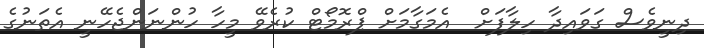
ދިނީވެސް ގަވައިދާ ހިލާފަށް  އެމަގާމަށް ޕްރޮމޯޓް ކުރެވޭ މީހާ ހުންނަންޖެހޭނީ އެތަނުގެ